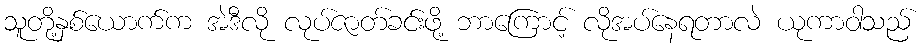
သူတို့နှစ်ယောက်က အဲဒီလို လုပ်ဇာတ်ခင်းဖို့ ဘာကြောင့် လိုအပ်နေရတာလဲ ယုကာဝါသည်